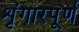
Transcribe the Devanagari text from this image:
शृंगारपूर्ण